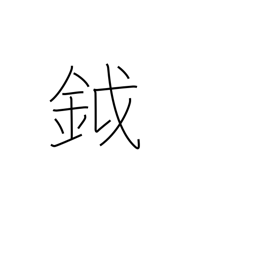
Meaning: battleaxe